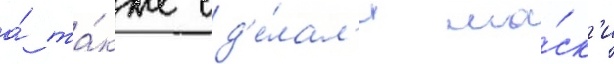
а́ та́кже сд'е́лал'и ма́ск'и